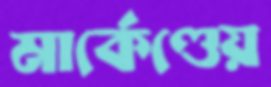
মার্কেণ্ডেয়